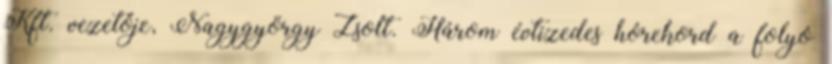
Kft. vezetője, Nagygyörgy Zsolt. Három évtizedes hórekord a folyó